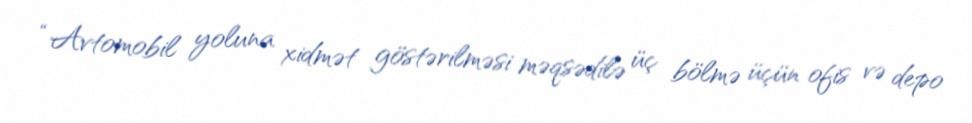
“Avtomobil yoluna xidmət göstərilməsi məqsədilə üç bölmə üçün ofis və depo